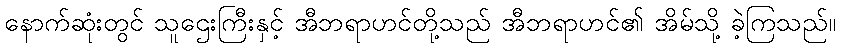
နောက်ဆုံးတွင် သူဌေးကြီးနှင့် အီဘရာဟင်တို့သည် အီဘရာဟင်၏ အိမ်သို့ ခဲ့ကြသည်။